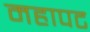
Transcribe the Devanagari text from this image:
महापट